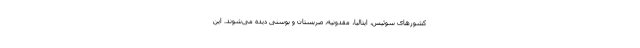
کشورهای سوئيس، ایتالیا، مقدونیه، صربستان و بوسنی دیده می‌شوند. این